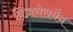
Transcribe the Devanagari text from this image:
बिज़नेसमैन